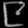
Digit: ၉